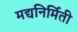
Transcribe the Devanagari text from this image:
मद्यनिर्मिती